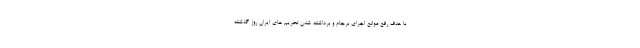
با هدف رفع موانع اجرای برجام و برداشته شدن تحریم های ایران روز گذشته